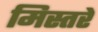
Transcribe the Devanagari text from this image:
मिस्तरे